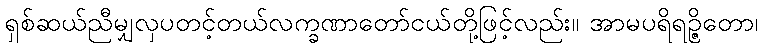
ရှစ်ဆယ်ညီမျှလှပတင့်တယ်လက္ခဏာတော်ငယ်တို့ဖြင့်လည်း။ အာမပရိရဉ္ဇိတော၊